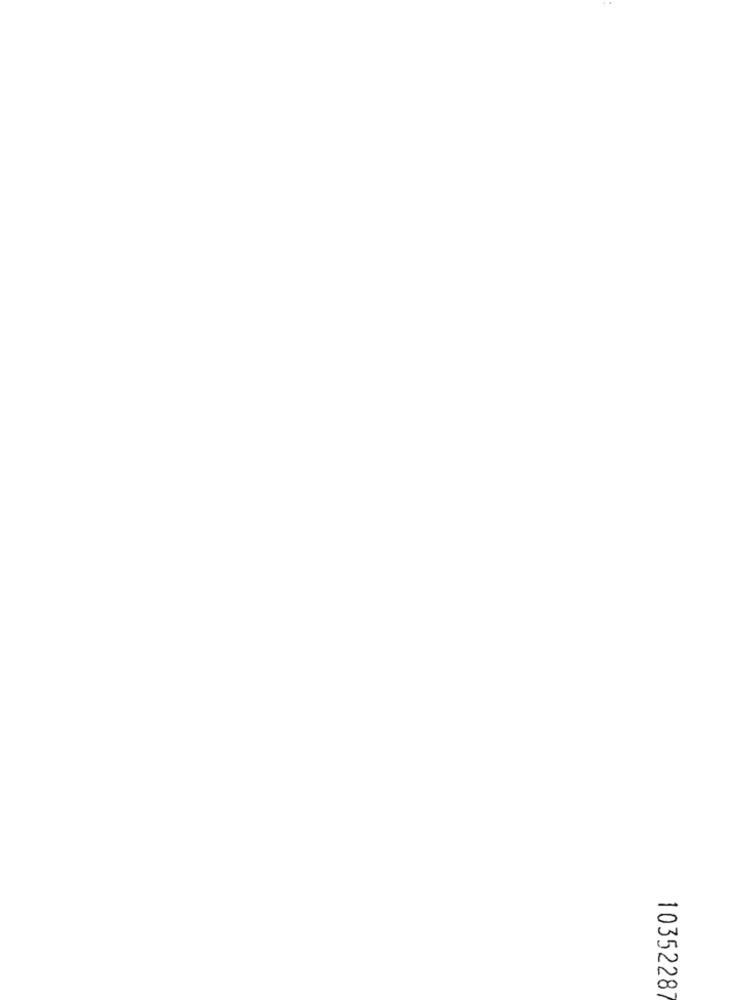
1035228